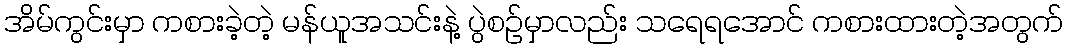
အိမ်ကွင်းမှာ ကစားခဲ့တဲ့ မန်ယူအသင်းနဲ့ ပွဲစဉ်မှာလည်း သရေရအောင် ကစားထားတဲ့အတွက်